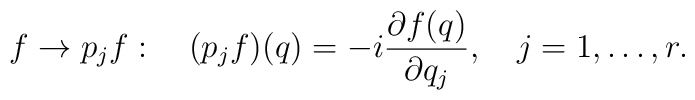
f\to p_jf: \quad (p_jf)(q)=-i{\partial f(q)\over{\partial q_j}},  \quad j=1,\ldots,r.